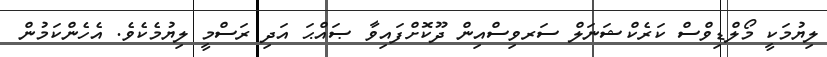
ލިޔުމަކީ މޯލްޑިވްސް ކަރެކްޝަނަލް ސަރވިސްއިން ދޫކޮށްފައިވާ ޞައްޙަ އަދި ރަސްމީ ލިޔުމެކެވެ. އެހެންކަމުން